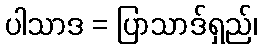
ပါသာဒ = ပြာသာဒ်ရှည်၊